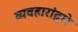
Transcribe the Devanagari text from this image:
व्यवहारांद्वारे